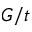
G / t